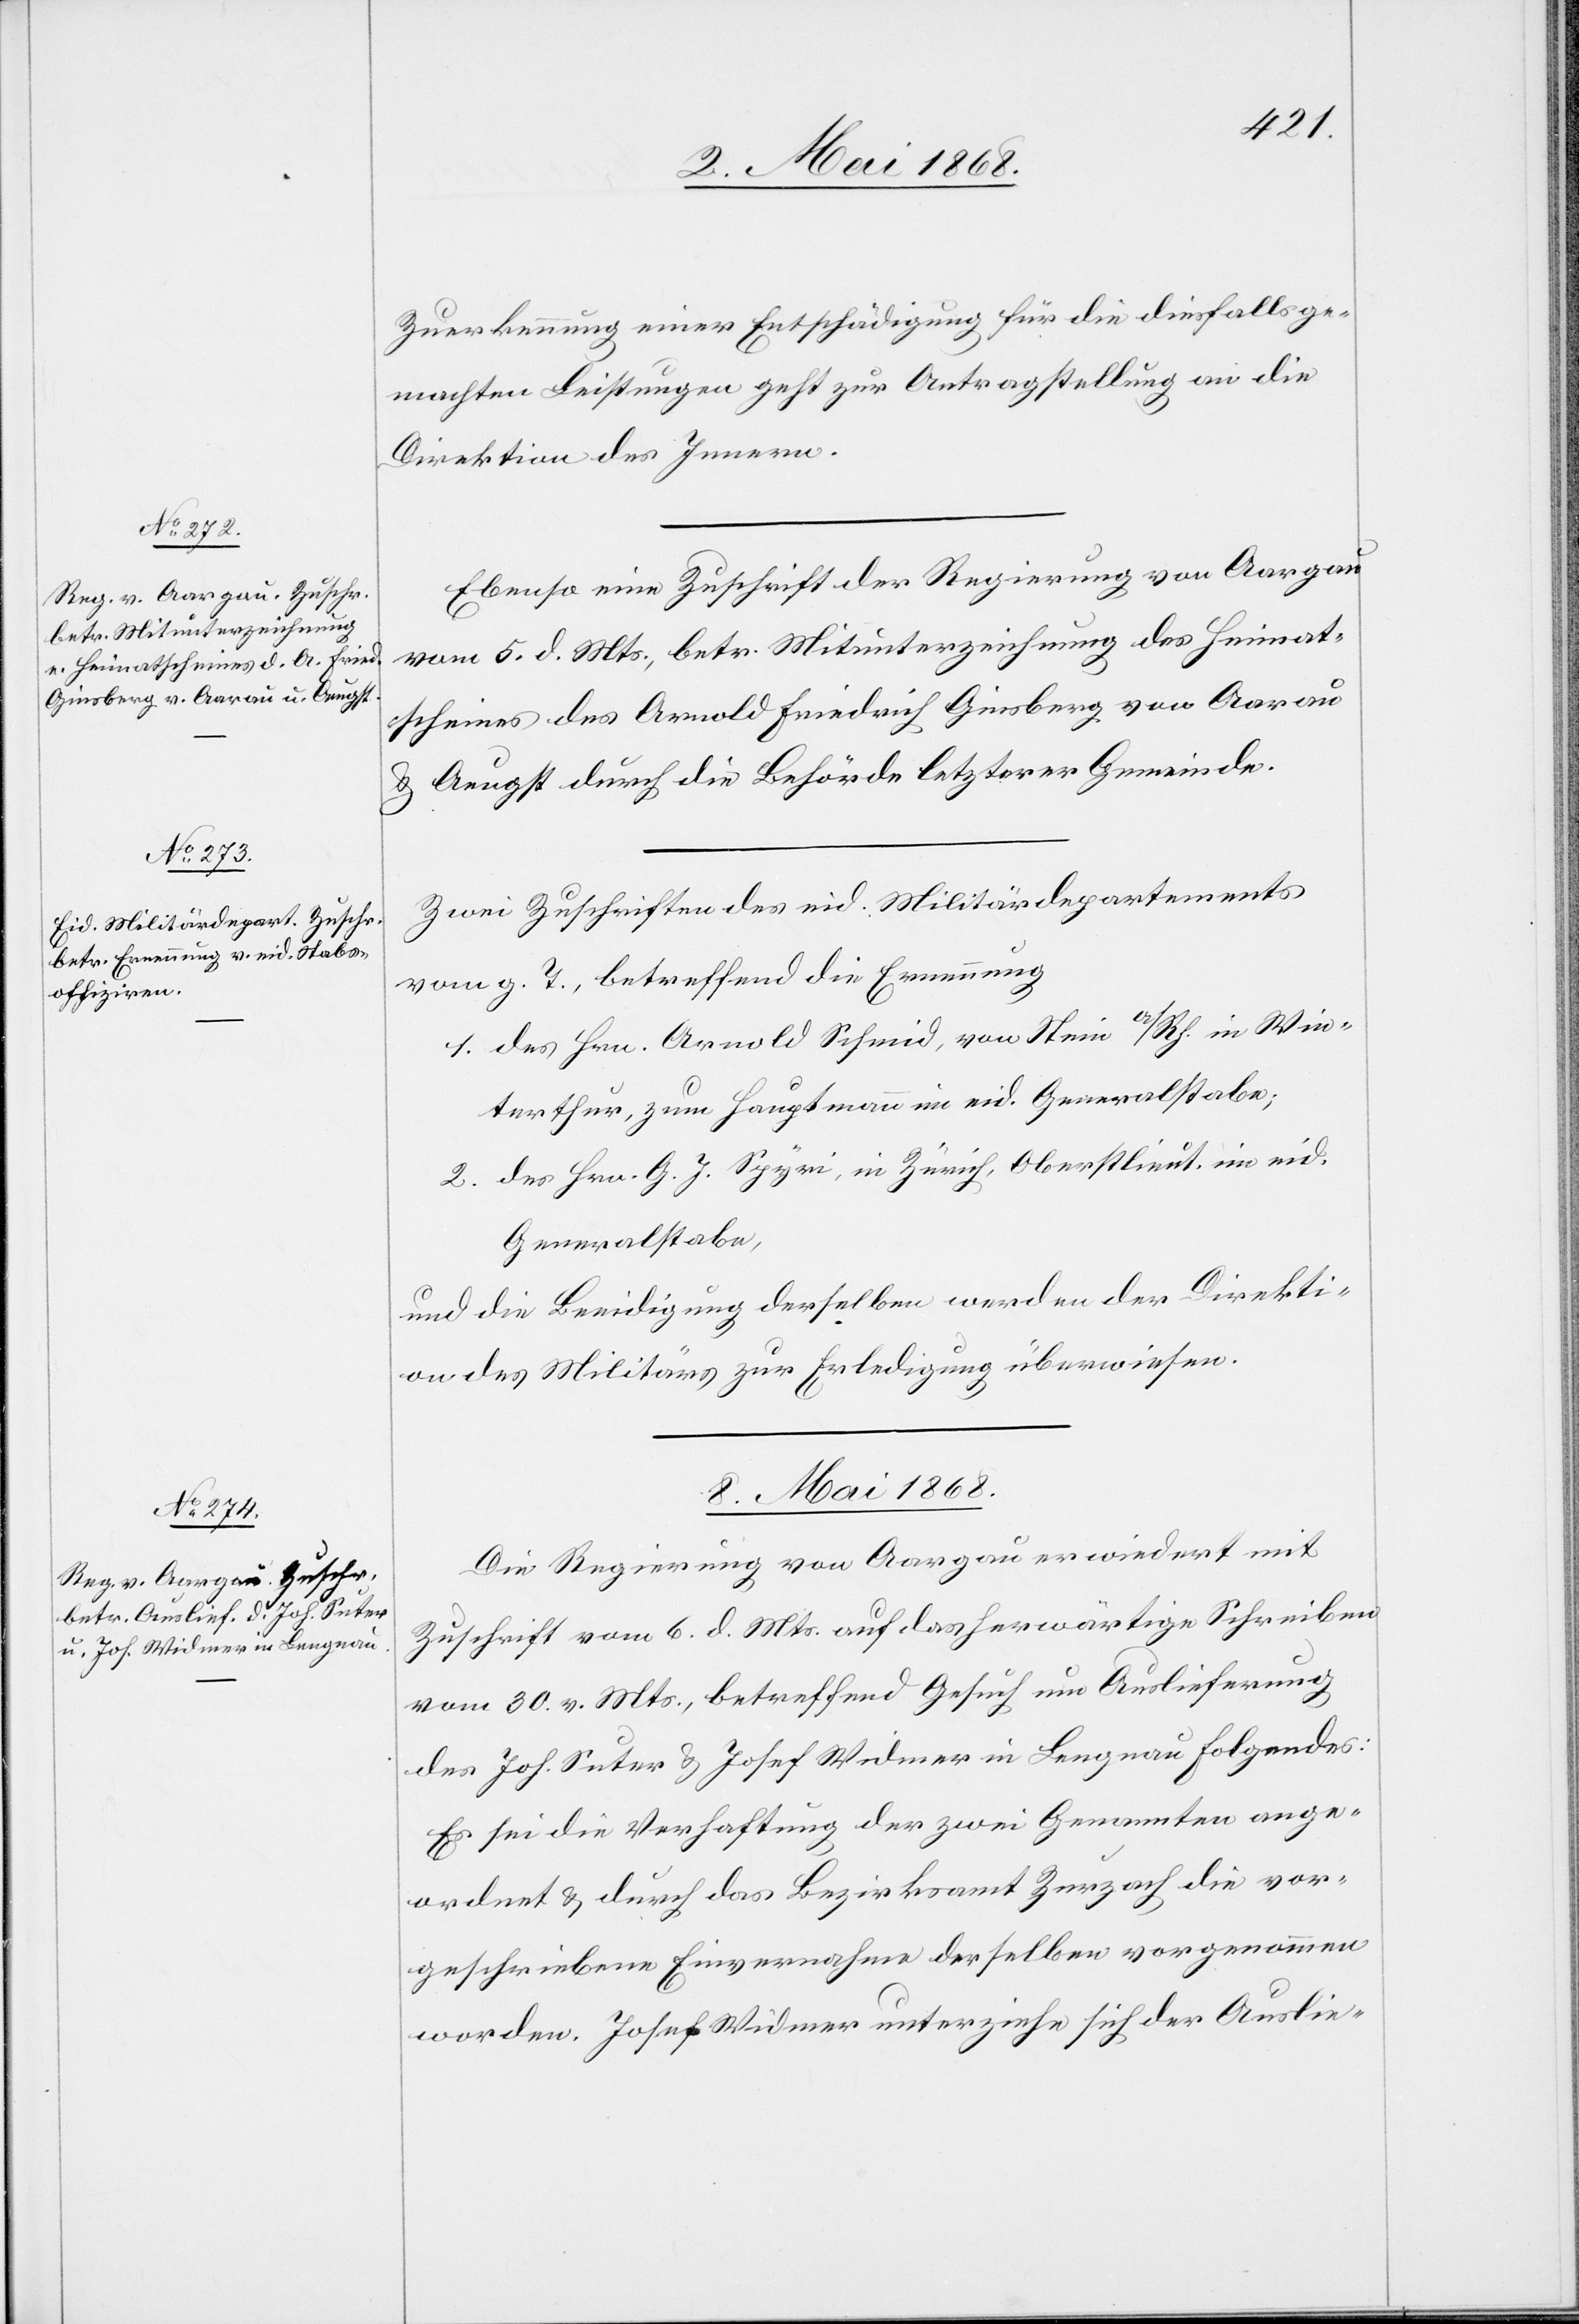
Zuerkennung einer Entschädigung für die diesfalls ge¬
machten Leistungen geht zur Antragstellung an die
Direktion des Innern.
Ebenso eine Zuschrift der Regierung von Aargau
vom 5. d. Mts., betr. Mitunterzeichnung des Heimat¬
scheines des Arnold Friedrich Ginsberg von Aarau
& Aeugst durch die Behörde letzterer Gemeinde.
Zwei Zuschriften des eid. Militärdepartements
vom g. T., betreffend die Ernennung
des Hrn. Arnold Schmid, von Stein a/Rh. in Win¬
terthur, zum Hauptmann im eid. Generalstabe;
des Hrn. G. J. Spyri, in Zürich, Oberstlieut. im eid.
Generalstabe,
und die Beeidigung derselben werden der Direkti¬
on des Militärs zur Erledigung überwiesen.
8. Mai 1868.
Die Regierung von Aargau erwiedert mit
Zuschrift vom 6. d. Mts. auf das herwärtige Schreiben
vom 30. v. Mts., betreffend Gesuch um Auslieferung
des Joh. Suter & Josef Widmer in Lengnau Folgendes:
Es sei die Verhaftung der zwei Genannten ange¬
ordnet & durch das Bezirksamt Zurzach die vor¬
geschriebene Einvernahme derselben vorgenommen
worden. Josef Widmer unterziehe sich der Auslie-